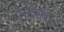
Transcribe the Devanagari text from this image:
तटस्थ।